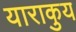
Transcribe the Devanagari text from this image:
याराकुय